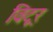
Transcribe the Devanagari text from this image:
विटूर